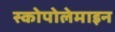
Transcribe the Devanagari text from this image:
स्कोपोलेमाइन